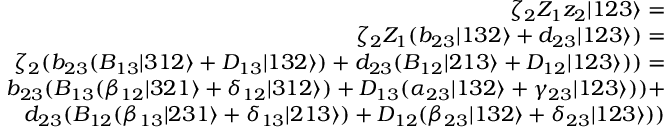
\begin{array} { r l r } & { } & { \zeta _ { 2 } Z _ { 1 } z _ { 2 } | 1 2 3 \rangle = } \\ & { } & { \zeta _ { 2 } Z _ { 1 } ( b _ { 2 3 } | 1 3 2 \rangle + d _ { 2 3 } | 1 2 3 \rangle ) = } \\ & { } & { \zeta _ { 2 } ( b _ { 2 3 } ( B _ { 1 3 } | 3 1 2 \rangle + D _ { 1 3 } | 1 3 2 \rangle ) + d _ { 2 3 } ( B _ { 1 2 } | 2 1 3 \rangle + D _ { 1 2 } | 1 2 3 \rangle ) ) = } \\ & { } & { b _ { 2 3 } ( B _ { 1 3 } ( \beta _ { 1 2 } | 3 2 1 \rangle + \delta _ { 1 2 } | 3 1 2 \rangle ) + D _ { 1 3 } ( { \alpha _ { 2 3 } | 1 3 2 \rangle + \gamma _ { 2 3 } | 1 2 3 \rangle } ) ) + } \\ & { } & { d _ { 2 3 } ( B _ { 1 2 } ( \beta _ { 1 3 } | 2 3 1 \rangle + \delta _ { 1 3 } | 2 1 3 \rangle ) + D _ { 1 2 } ( \beta _ { 2 3 } | 1 3 2 \rangle + \delta _ { 2 3 } | 1 2 3 \rangle ) ) } \end{array}